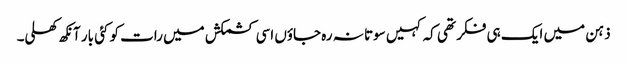
ذہن میں ایک ہی فکر تھی کہ کہیں سوتا نہ رہ جاؤں اسی کشمکش میں رات کو کئی بار آنکھ کھلی۔